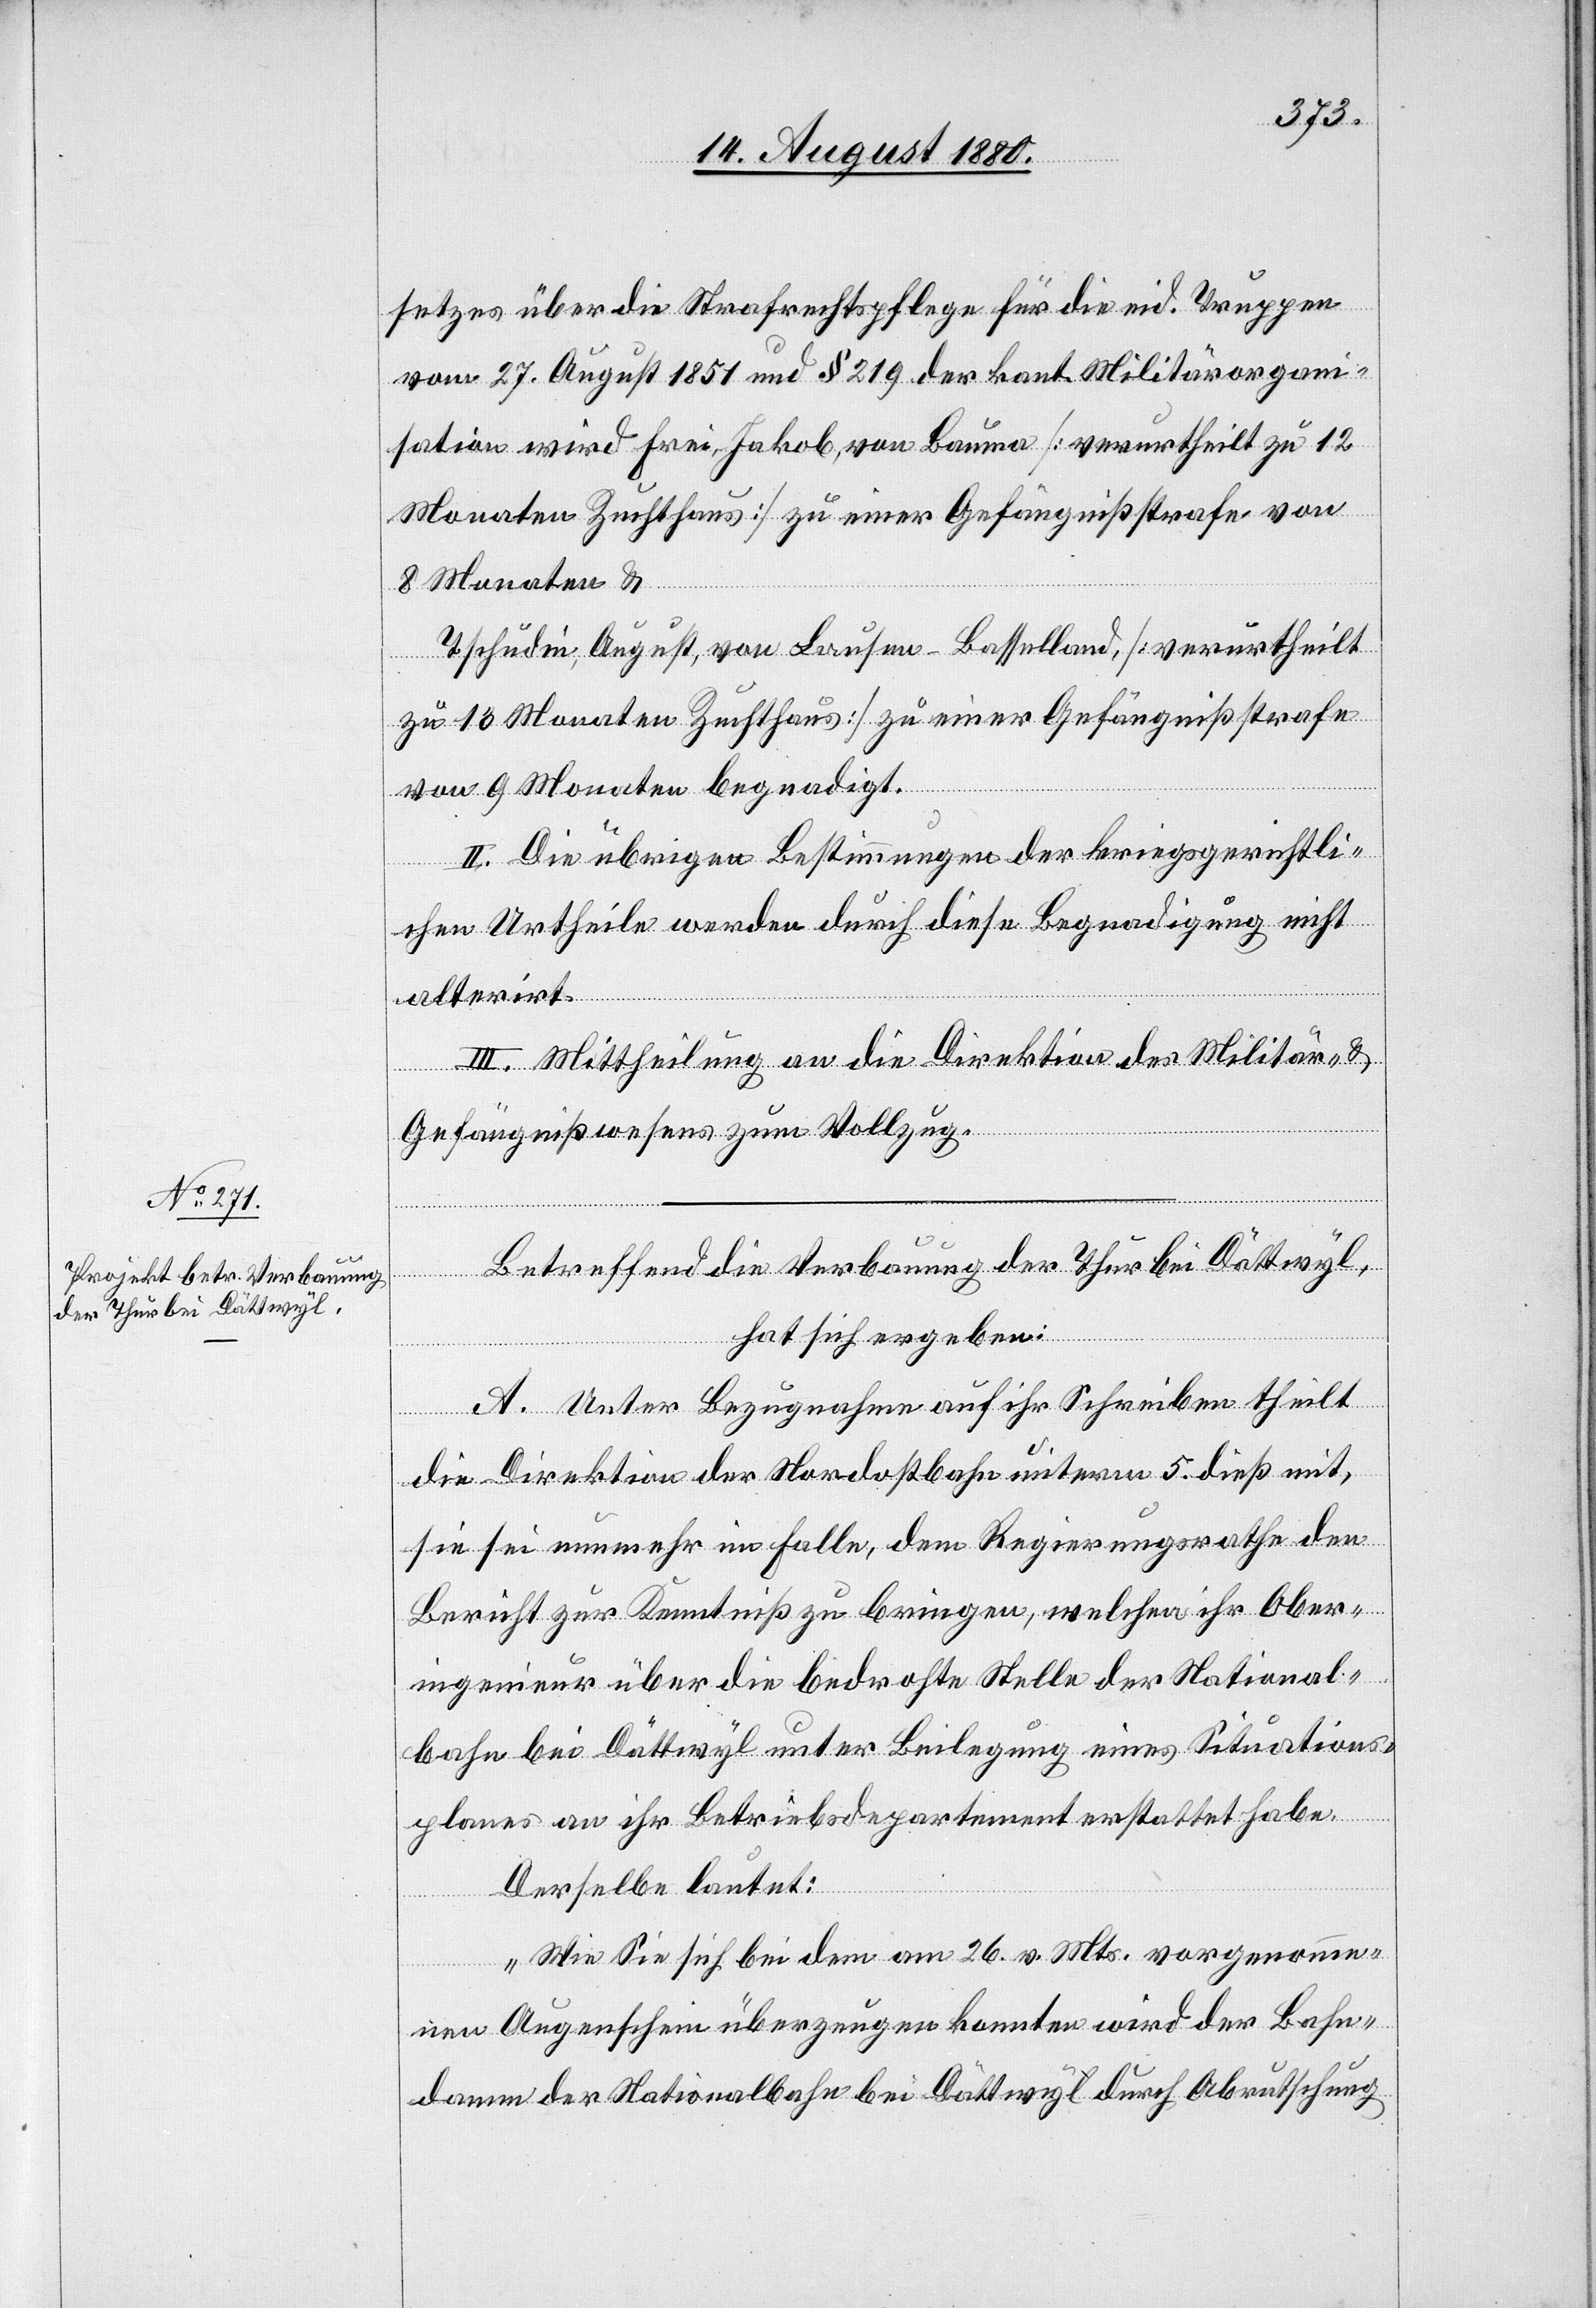
setzes über die Strafrechtspflege für die eid. Truppen
vom 27. August 1851 und § 219 der kant. Militärorgan¬
isation wird Frei Jakob, von Bauma [verurtheilt zu 12
Monaten Zuchthaus] zu einer Gefängißstrafe von
8 Monaten &
Tschudi, August, von Laufen - Baselland, [verurtheilt
zu 13 Monaten Zuchthaus] zu einer Gefängnißstrafe
von 9 Monaten begnadigt.
II. Die übrigen Bestimmungen der kriegsgerichtli¬
chen Urtheile werden durch diese Begnadigung nicht
alterirt.
III. Mittheilung an die Direktion des Militär- &
Gefängnißwesens zum Vollzug.
Betreffend die Verbauung der Thur bei Dättwyl,
hat sich ergeben:
A. Unter Bezugnahme auf ihr Schreiben theilt
die Direktion der Nordostbahn unterm 5. dieß mit,
sie sei nunmehr im Falle, dem Regierungsrathe den
Bericht zur Kenntniß zu bringen, welchen ihr Ober¬
ingenieur über die bedrohte Stelle der National¬
bahn bei Dättwyl unter Beilegung eines Situations¬
planes an ihr Betriebsdepartement erstattet habe.
Derselbe lautet:
„Wie Sie sich bei dem am 26. v. Mts. vorgenomme¬
nen Augenschein überzeugen konnten wird der Bahn¬
damm der Nationalbahn bei Dättwyl durch Abrutschung